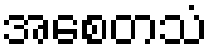
အစေတသံ